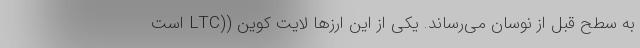
به سطح قبل از نوسان می‌رساند. یکی از این ارزها لایت کوین ((LTC است